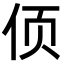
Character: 㑔